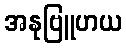
အနုဗြူဟယ